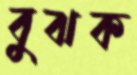
বুঝক